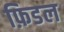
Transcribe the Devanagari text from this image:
फ़िडल